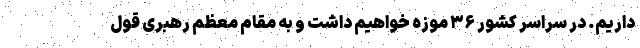
داریم. در سراسر کشور ۳۶ موزه خواهیم داشت و به مقام معظم رهبری قول